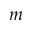
m